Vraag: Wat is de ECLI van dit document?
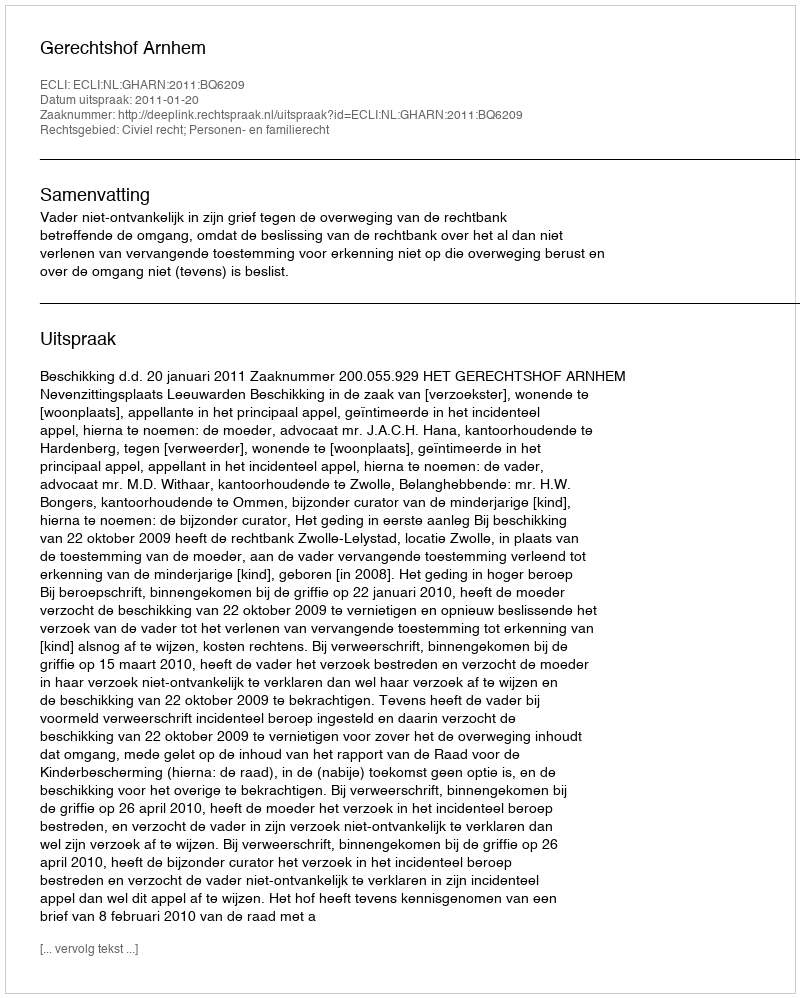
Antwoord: ECLI:NL:GHARN:2011:BQ6209